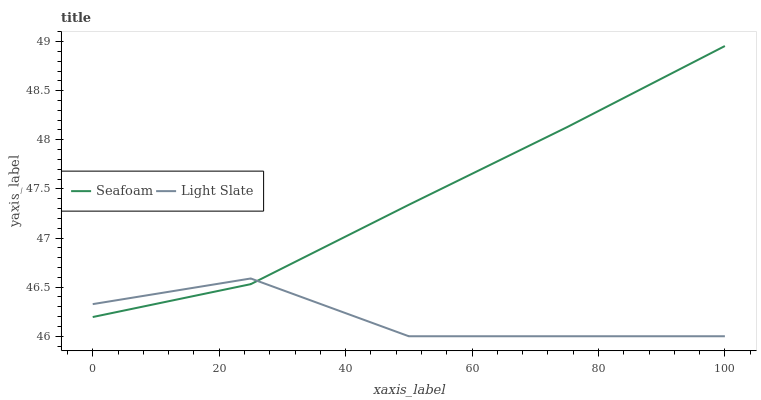
| xaxis_label | Seafoam | Light Slate |
 | --- | --- | --- |
 | 0 | 46.2 | 46.3 |
 | 25 | 46.5 | 46.6 |
 | 50 | 47.3 | 46 |
 | 75 | 48.1 | 46 |
 | 100 | 49 | 46 |